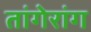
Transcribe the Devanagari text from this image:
तांगेरांग